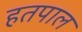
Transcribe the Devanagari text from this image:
हतपाल